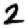
Digit: 2